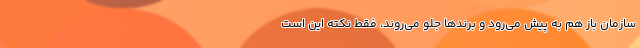
سازمان باز هم به پیش می‌رود و برندها جلو می‌روند، فقط نکته این است